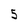
Character: 5